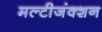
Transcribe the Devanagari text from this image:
मल्टीजंक्शन